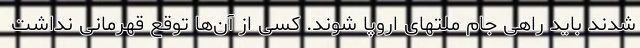
شدند باید راهی جام ملتهای اروپا شوند. کسی از آن‌ها توقع قهرمانی نداشت